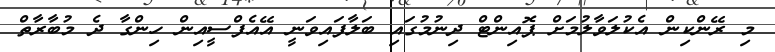
މި ރޭންކިން އެކުލަވާލުމަށް ޕޮއިންޓް ދިނުމުގައި ބަލާފައިވަނީ އޭއެފްސީއިން ހިންގާ ދެ މުބާރާތް